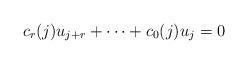
LaTeX: \begin{align*} c_r(j) u_{j+r} + \dots + c_0(j) u_{j} = 0\end{align*}